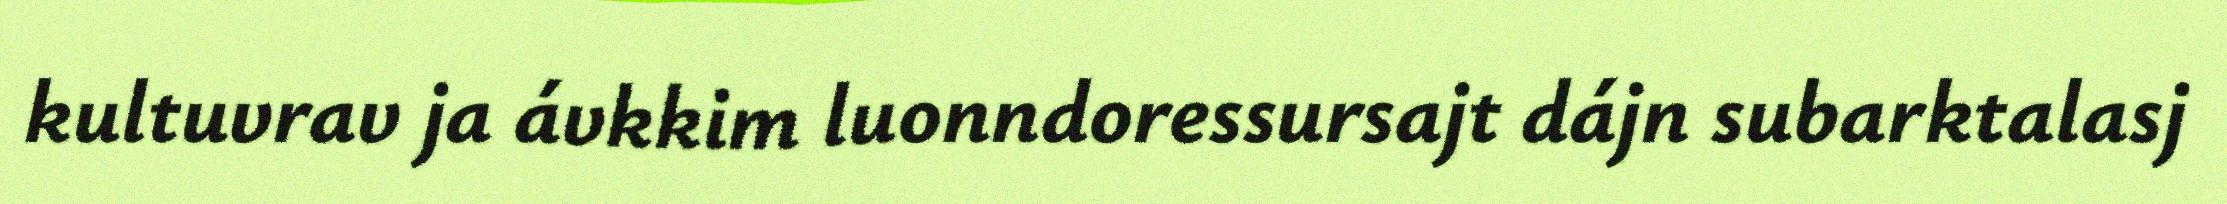
kultuvrav ja ávkkim luonndoressursajt dájn subarktalasj